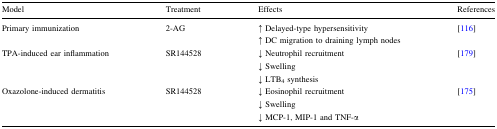
<table><thead><tr><td><b>Model</b></td><td><b>Treatment</b></td><td><b>Effects</b></td><td><b>References</b></td></tr></thead><tbody><tr><td>Primary immunization</td><td>2-AG</td><td>↑ Delayed-type hypersensitivity↑ DC migration to draining lymph nodes</td><td>[116]</td></tr><tr><td>TPA-induced ear inflammation</td><td>SR144528</td><td>↓ Neutrophil recruitment↓ Swelling↓ LTB<sub>4</sub> synthesis</td><td>[179]</td></tr><tr><td>Oxazolone-induced dermatitis</td><td>SR144528</td><td>↓ Eosinophil recruitment↓ Swelling↓ MCP-1, MIP-1 and TNF-α</td><td>[175]</td></tr></tbody></table>